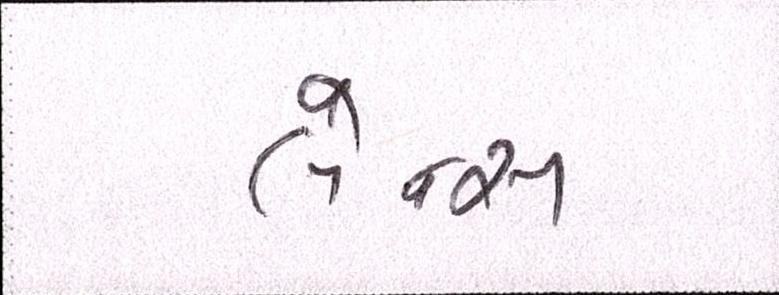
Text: લેન્સ